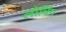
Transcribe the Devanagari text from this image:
लोचिंग